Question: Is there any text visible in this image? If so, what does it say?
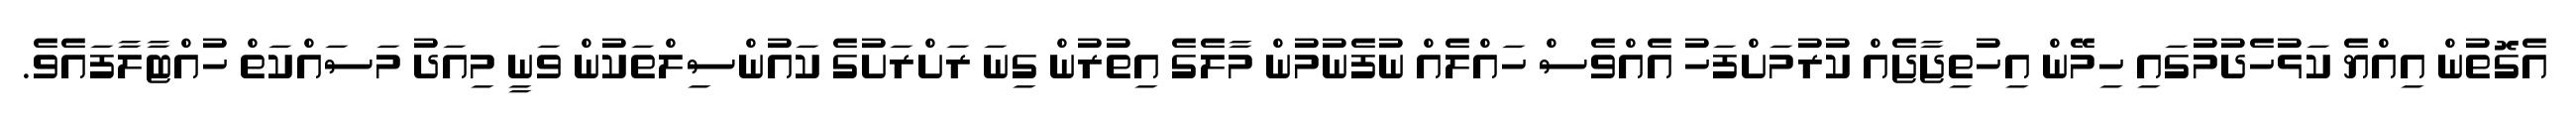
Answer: އެގޮތުން އިއްޔެ ކަޅުހެދުމުގައި ހިމޭން އިހުތިޖާޖެއް ކުރުމަށްފަހު އެއްވެސް ހައްލެއް ނުފެނުމުން މާލެގެ އިތުރުން ގިނަ ރަށްރަށުގެ ކައުންސިލްތަކުން ވަނީ މިއަދު މަސައްކަތް ހުއްޓާލާފައެވެ.